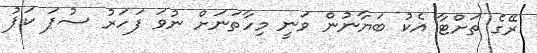
ރޭގެ ތަށްޓާ އެކު ބަޔާނުން ވަނީ މިހާތަނަށް ނުވަ ފަހަރު ސުޕަ ކަޕު